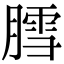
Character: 膤